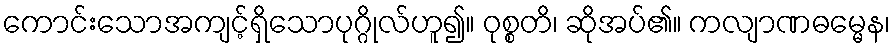
ကောင်းသောအကျင့်ရှိသောပုဂ္ဂိုလ်ဟူ၍။ ဝုစ္စတိ၊ ဆိုအပ်၏။ ကလျာဏဓမ္မေန၊